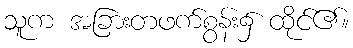
သူက အခြားတဖက်စွန်း၌ ထိုင်၏။